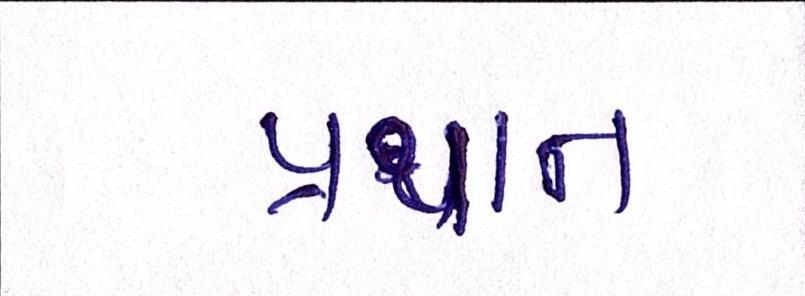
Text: પ્રથાન